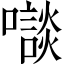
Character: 𡃘